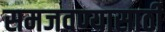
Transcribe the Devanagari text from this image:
समजवण्यासाठी